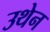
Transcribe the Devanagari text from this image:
उथेन